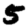
Digit: 5